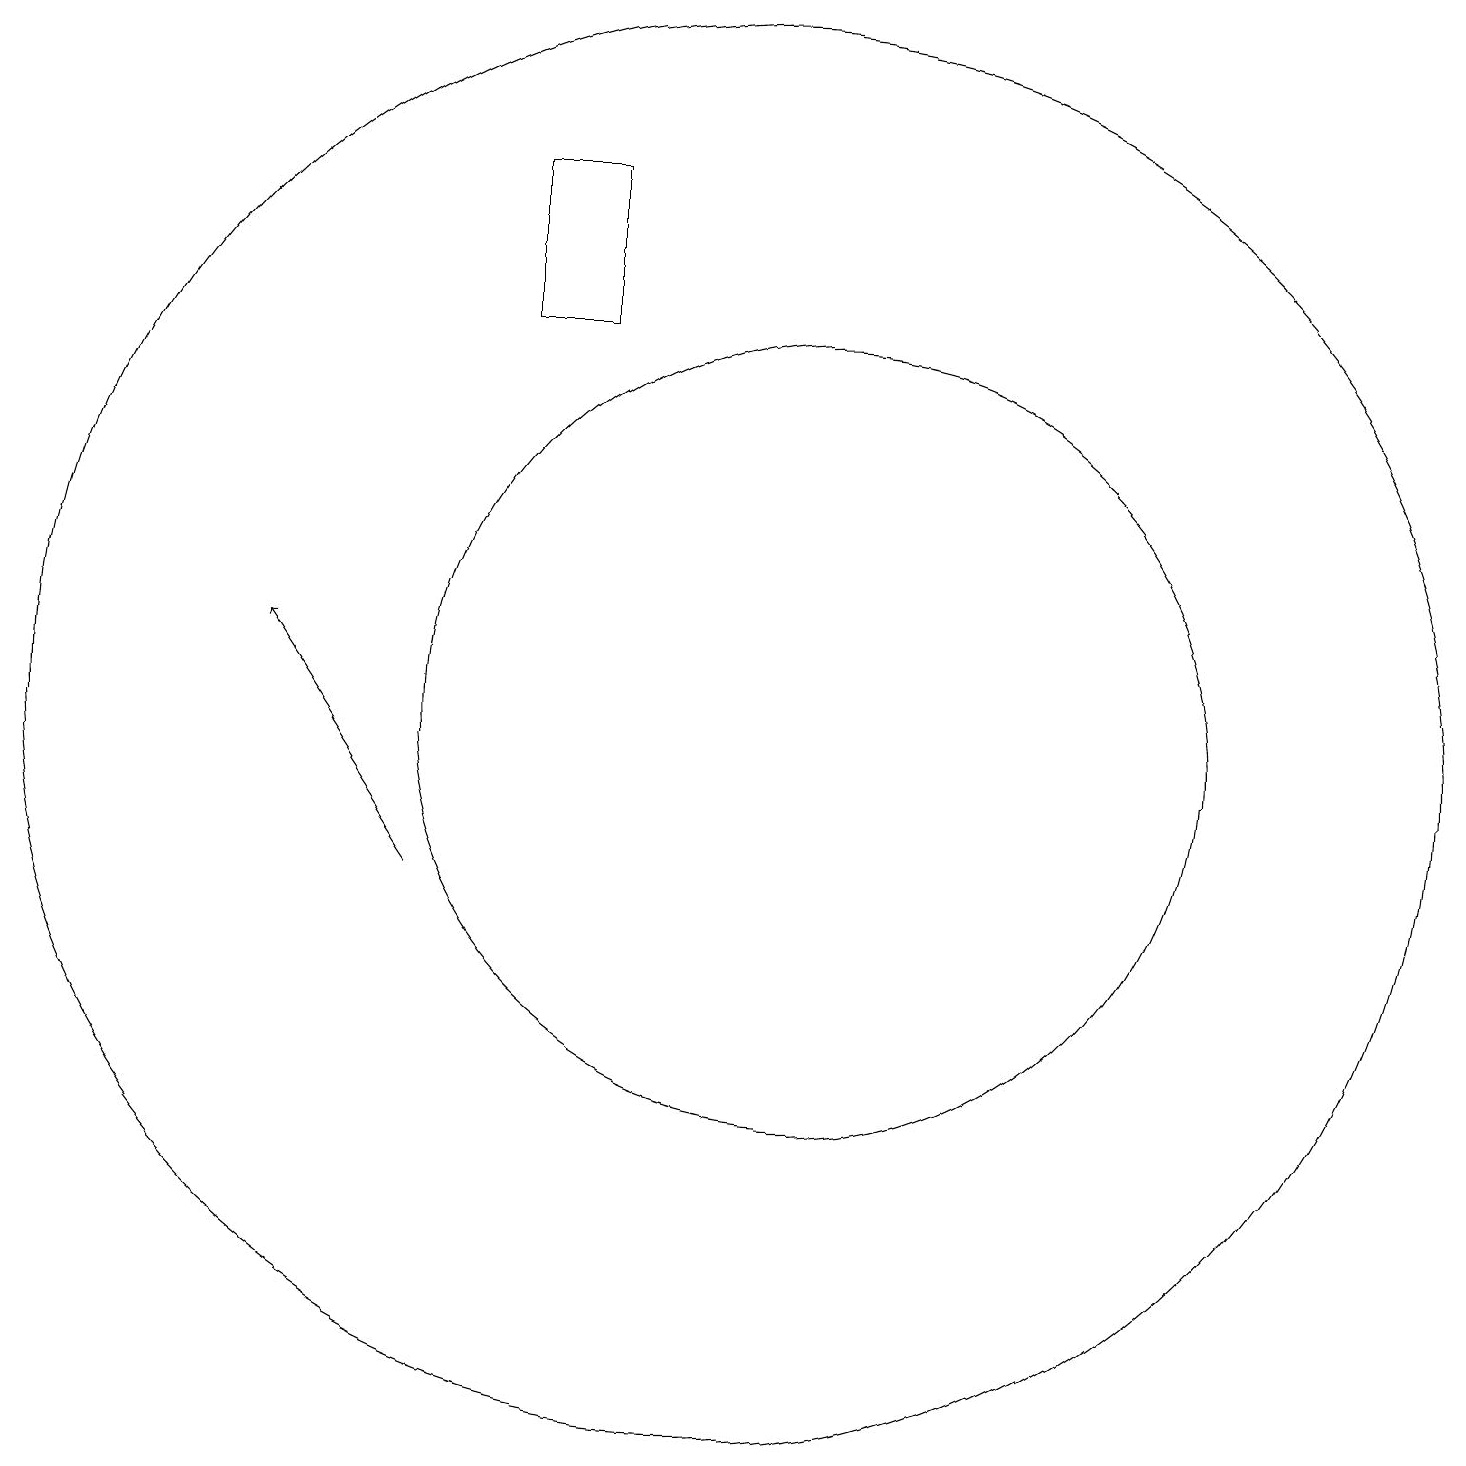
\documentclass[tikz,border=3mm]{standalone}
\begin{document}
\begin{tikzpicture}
\draw (11,12) circle (5);
\draw (7,19) rectangle (8,17);
\draw[->] (6,10) -- (4,13);
\draw (10,12) circle (9);
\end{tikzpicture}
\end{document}